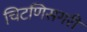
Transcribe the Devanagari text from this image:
चिटणिसगरी